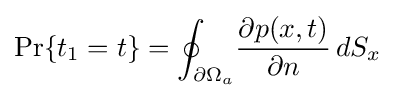
\Pr\{t_{1}=t\}={\oint _{\partial \Omega _{a}}}{\frac {\partial p(x,t)}{\partial n}}\,dS_{x}